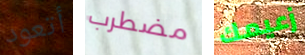
أتعود مضطرب زعيمك